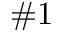
\# 1